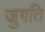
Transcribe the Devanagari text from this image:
जुगति